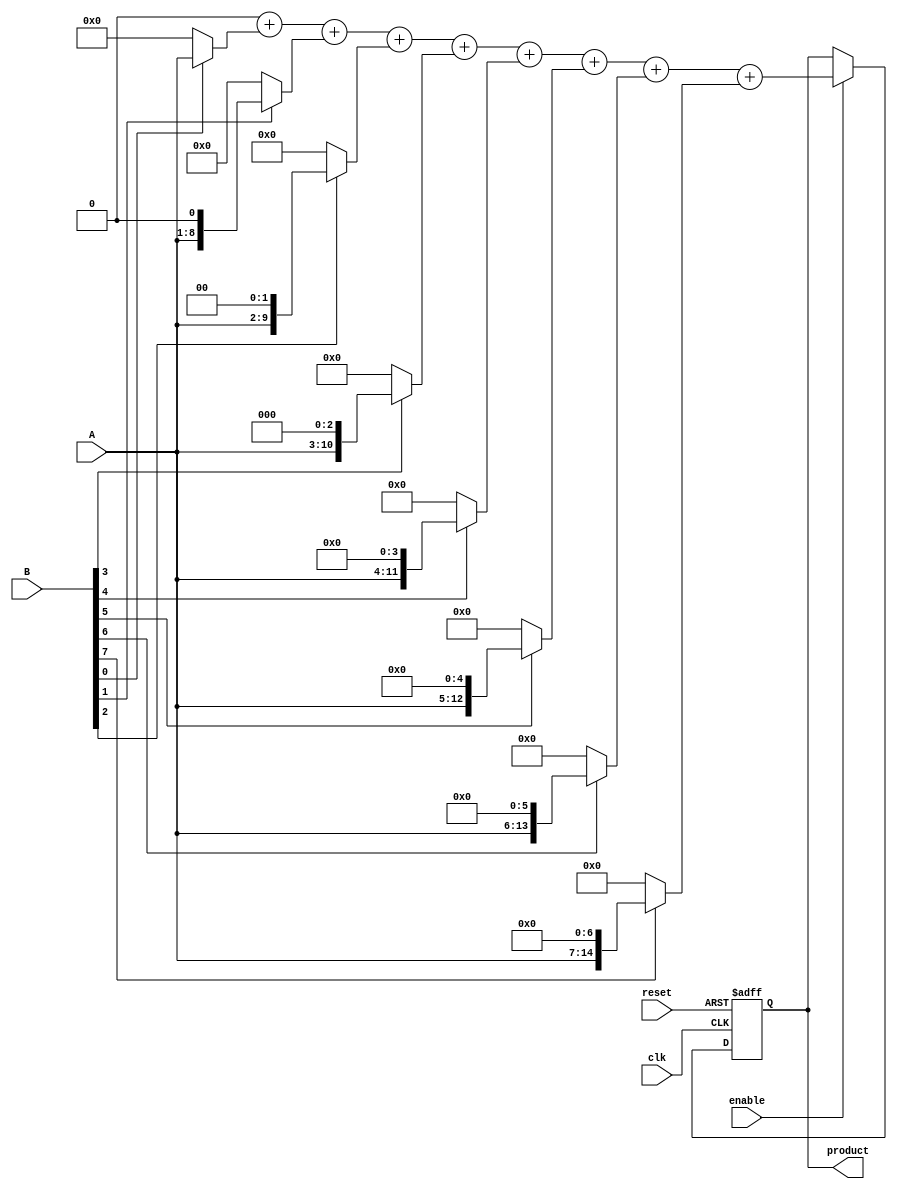
module radix2_multiplier #(parameter n = 8) (
    input  wire [n-1:0] A,      // Multiplicand
    input  wire [n-1:0] B,      // Multiplier
    input  wire clk,             // Clock signal
    input  wire reset,           // Reset signal
    input  wire enable,          // Enable signal
    output reg [2*n-1:0] product // Product output
);

    reg [2*n-1:0] partial_products [0:n-1]; // Array to hold partial products
    reg [2*n-1:0] sum;                       // Sum of partial products
    integer i;

    always @(posedge clk or posedge reset) begin
        if (reset) begin
            product <= 0;
            sum <= 0;
        end else if (enable) begin
            // Generate partial products
            for (i = 0; i < n; i = i + 1) begin
                partial_products[i] = (B[i] ? (A << i) : 0);
            end
            
            // Initialize sum
            sum = 0;

            // Add partial products
            for (i = 0; i < n; i = i + 1) begin
                sum = sum + partial_products[i];
            end
            
            // Assign the final product
            product <= sum;
        end
    end
endmodule